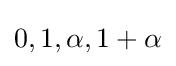
0,1,\alpha ,1+\alpha